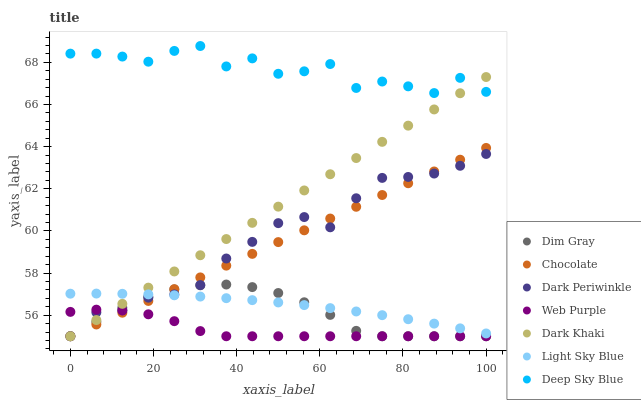
| xaxis_label | Dim Gray | Chocolate | Dark Periwinkle | Web Purple | Dark Khaki | Light Sky Blue | Deep Sky Blue |
 | --- | --- | --- | --- | --- | --- | --- | --- |
 | 0 | 55 | 55 | 55 | 56.2 | 55 | 57 | 68.4 |
 | 6.25 | 55.7 | 55.6 | 56.1 | 56.3 | 55.8 | 57 | 68.4 |
 | 12.5 | 56.4 | 56.1 | 56.2 | 56.2 | 56.5 | 57 | 68.3 |
 | 18.8 | 56.9 | 56.7 | 56.8 | 56 | 57.3 | 57 | 68 |
 | 25 | 57.2 | 57.2 | 57 | 55.7 | 58.1 | 56.9 | 68.5 |
 | 31.2 | 57.4 | 57.8 | 57.4 | 55.2 | 58.8 | 56.9 | 68.8 |
 | 37.5 | 57.5 | 58.4 | 58.7 | 55 | 59.6 | 56.8 | 67.8 |
 | 43.8 | 57.3 | 58.9 | 59.5 | 55 | 60.4 | 56.7 | 68.2 |
 | 50 | 57.1 | 59.5 | 60.4 | 55 | 61.2 | 56.6 | 67.5 |
 | 56.2 | 56.6 | 60 | 60.7 | 55 | 61.9 | 56.5 | 67.6 |
 | 62.5 | 56 | 60.6 | 60.2 | 55 | 62.7 | 56.3 | 67.9 |
 | 68.8 | 55.3 | 61.1 | 61.5 | 55 | 63.5 | 56.2 | 66.8 |
 | 75 | 55 | 61.7 | 62.5 | 55 | 64.2 | 56 | 67.1 |
 | 81.2 | 55 | 62.3 | 62.6 | 55 | 65 | 55.8 | 66.9 |
 | 87.5 | 55 | 62.8 | 62.7 | 55 | 65.8 | 55.6 | 66.5 |
 | 93.8 | 55 | 63.4 | 63.1 | 55 | 66.5 | 55.4 | 67.3 |
 | 100 | 55 | 63.9 | 63.7 | 55 | 67.3 | 55.1 | 66.6 |